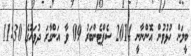
ބީލަން ހުޅުވުން އޮންނާނީ 2014 ސެޕްޓެންބަރު 09 ވާ އަންގާރަ ދުވަހުގެ 11:30